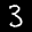
Label: 3